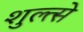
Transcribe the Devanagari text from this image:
शुल्त्से